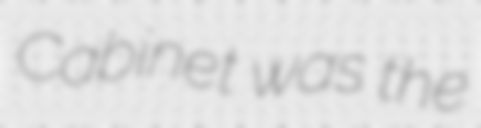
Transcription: Cabinet was the